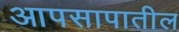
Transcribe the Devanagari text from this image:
आपसापातील